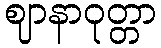
ဈာနာဝုတ္တာ